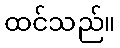
ထင်သည်။